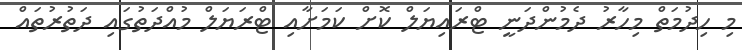
މި ހިދުމަތް މިހާރު ދެމުންދަނީ ޓްރައިޔަލް ކޮށް ކަމަށާއި ޓްރަޔަލް މުއްދަތުގައި ދަތުރުތައް